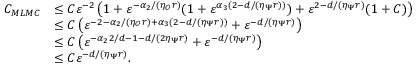
\begin{array} { r l } { C _ { M L M C } } & { \le C \ensuremath { \varepsilon } ^ { - 2 } \left( 1 + \ensuremath { \varepsilon } ^ { - \alpha _ { 2 } / ( \eta _ { \mathcal { O } } r ) } ( 1 + \ensuremath { \varepsilon } ^ { \alpha _ { 3 } ( 2 - d / ( \eta _ { \Psi } r ) ) } ) + \ensuremath { \varepsilon } ^ { 2 - d / ( \eta _ { \Psi } r ) } ( 1 + C ) \right) } \\ & { \le C \left( \ensuremath { \varepsilon } ^ { - 2 - \alpha _ { 2 } / ( \eta _ { \mathcal { O } } r ) + \alpha _ { 3 } ( 2 - d / ( \eta _ { \Psi } r ) ) } + \ensuremath { \varepsilon } ^ { - d / ( \eta _ { \Psi } r ) } \right) } \\ & { \le C \left( \ensuremath { \varepsilon } ^ { - \alpha _ { 2 } 2 / d - 1 - d / ( 2 \eta _ { \Psi } r ) } + \ensuremath { \varepsilon } ^ { - d / ( \eta _ { \Psi } r ) } \right) } \\ & { \le C \ensuremath { \varepsilon } ^ { - d / ( \eta _ { \Psi } r ) } . } \end{array}